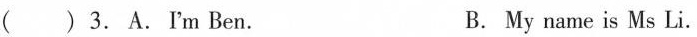
( ) 3.A.I'm Ben. B. My name is Ms Li.